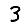
Digit: 3